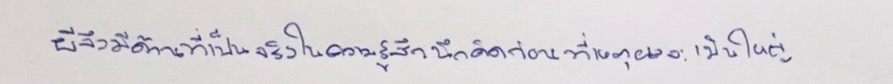
ผีจึงมีด้านที่เป็นจริงในความรู้สึกนึกคิดก่อนที่เหตุผลจะเป็นใหญ่